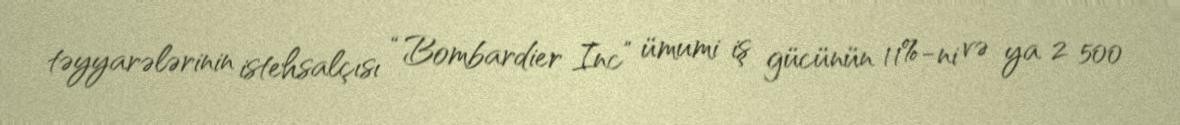
təyyarələrinin istehsalçısı “Bombardier Inc” ümumi iş gücünün 11%-ni və ya 2 500